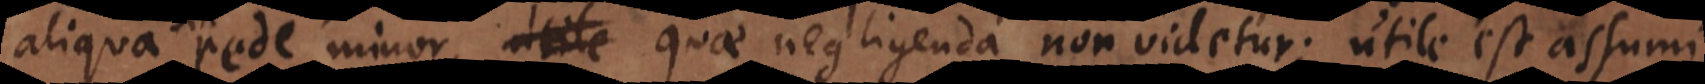
aliqua pede minor, quae negligenda non videtur; utile est assumi